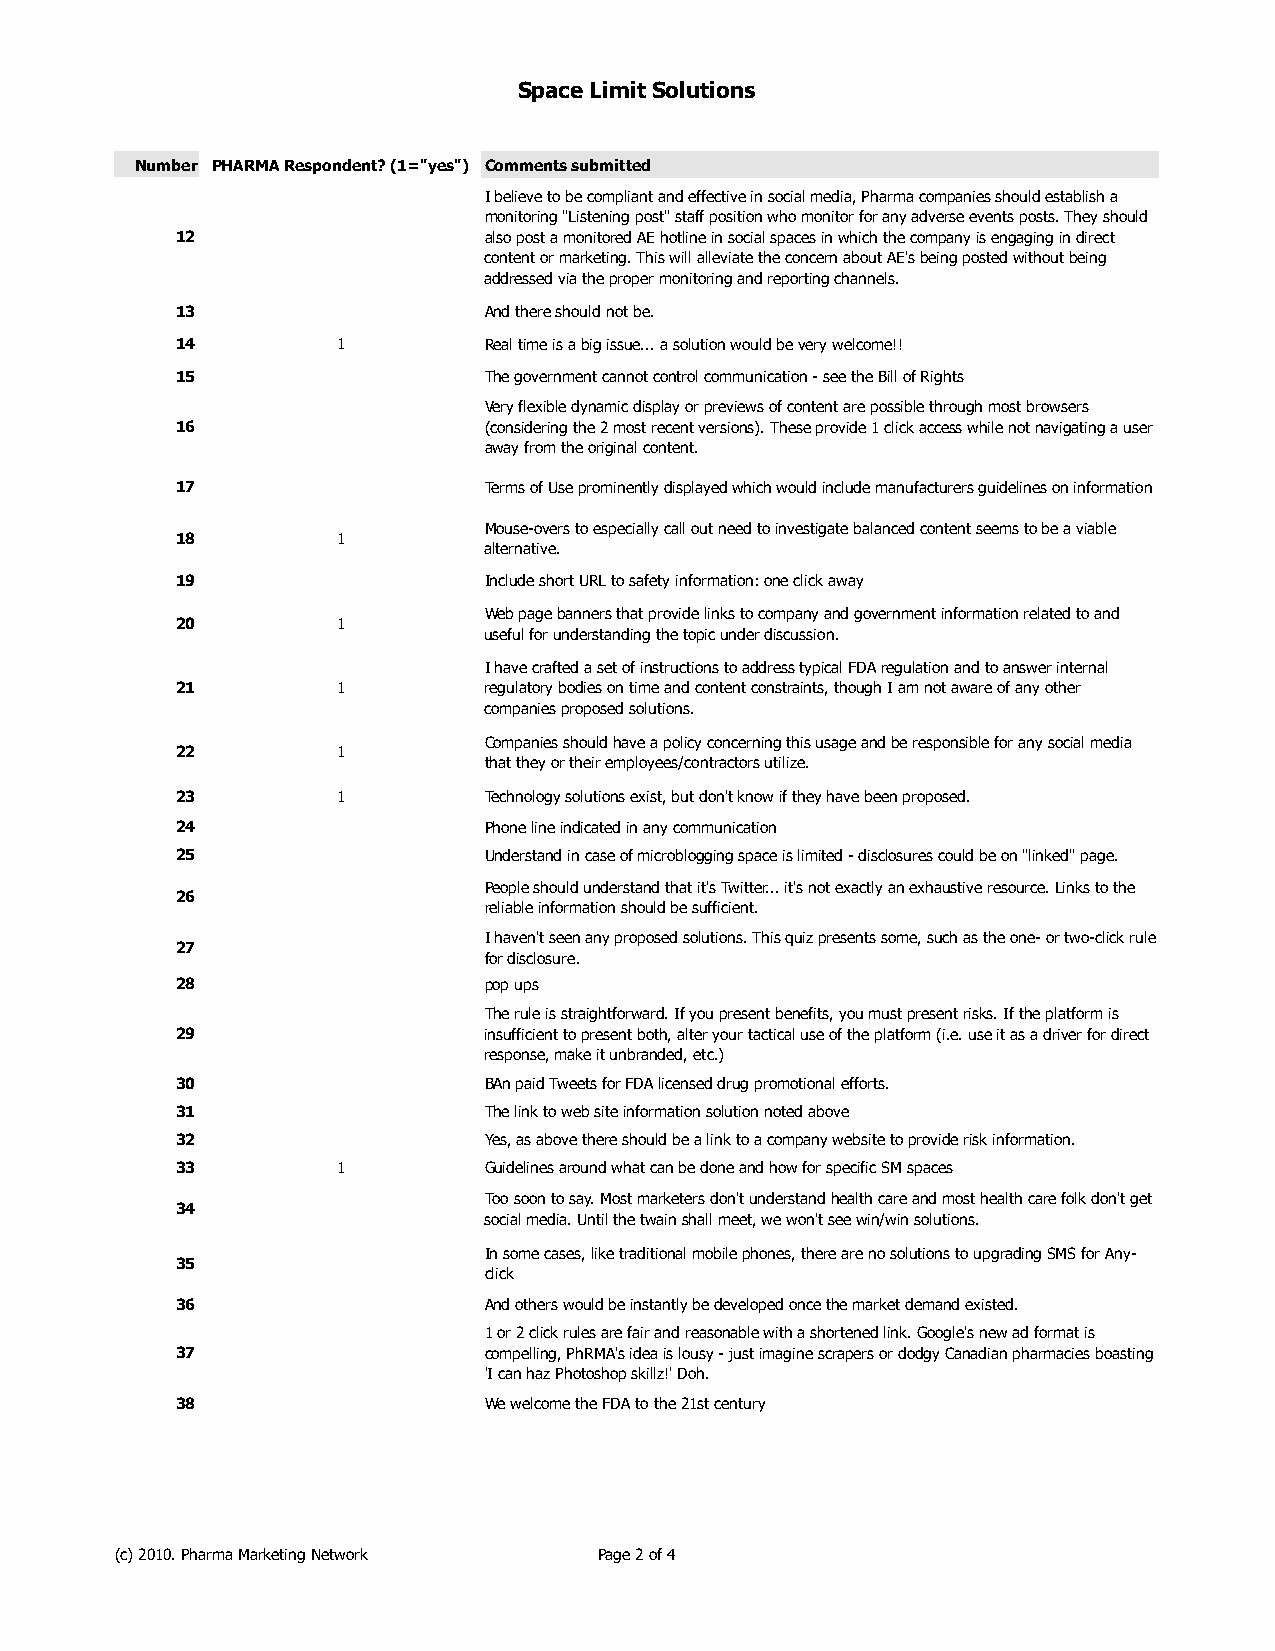
Space Limit Solutions
 Number PHARMA Respondent? (1="yes") Comments submitted
 I believe to be compliant and effective in social media, Pharma companies should establish a
 monitoring "Listening post" staff position who monitor for any adverse events posts. They should
 12                  also post a monitored AE hotline in social spaces in which the company is engaging in direct
 content or marketing. This will alleviate the concern about AE's being posted without being
 addressed via the proper monitoring and reporting channels.
 13                  And there should not be.
 14        1         Real time is a big issue... a solution would be very welcome!!
 15                  The government cannot control communication - see the Bill of Rights
 Very flexible dynamic display or previews of content are possible through most browsers
 16                  (considering the 2 most recent versions). These provide 1 click access while not navigating a user
 away from the original content.
 17                  Terms of Use prominently displayed which would include manufacturers guidelines on information
 Mouse-overs to especially call out need to investigate balanced content seems to be a viable
 18        1
 alternative.
 19                  Include short URL to safety information: one click away
 Web page banners that provide links to company and government information related to and
 20        1
 useful for understanding the topic under discussion.
 I have crafted a set of instructions to address typical FDA regulation and to answer internal
 21        1         regulatory bodies on time and content constraints, though I am not aware of any other
 companies proposed solutions.
 Companies should have a policy concerning this usage and be responsible for any social media
 22        1
 that they or their employees/contractors utilize.
 23        1         Technology solutions exist, but don't know if they have been proposed.
 24                  Phone line indicated in any communication
 25                  Understand in case of microblogging space is limited - disclosures could be on "linked" page.
 People should understand that it's Twitter... it's not exactly an exhaustive resource. Links to the
 26
 reliable information should be sufficient.
 I haven't seen any proposed solutions. This quiz presents some, such as the one- or two-click rule
 27
 for disclosure.
 28                  pop ups
 The rule is straightforward. If you present benefits, you must present risks. If the platform is
 29                  insufficient to present both, alter your tactical use of the platform (i.e. use it as a driver for direct
 response, make it unbranded, etc.)
 30                  BAn paid Tweets for FDA licensed drug promotional efforts.
 31                  The link to web site information solution noted above
 32                  Yes, as above there should be a link to a company website to provide risk information.
 33        1         Guidelines around what can be done and how for specific SM spaces
 Too soon to say. Most marketers don't understand health care and most health care folk don't get
 34
 social media. Until the twain shall meet, we won't see win/win solutions.
 In some cases, like traditional mobile phones, there are no solutions to upgrading SMS for Any-
 35
 click
 36                  And others would be instantly be developed once the market demand existed.
 1 or 2 click rules are fair and reasonable with a shortened link. Google's new ad format is
 37                  compelling, PhRMA's idea is lousy - just imagine scrapers or dodgy Canadian pharmacies boasting
 'I can haz Photoshop skillz!' Doh.
 38                  We welcome the FDA to the 21st century
 (c) 2010. Pharma Marketing Network Page 2 of 4